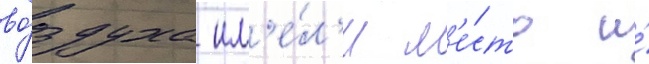
во́здуха им'е́л'и м'е́сто и́